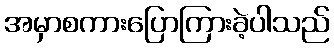
အမှာစကားပြောကြားခဲ့ပါသည်